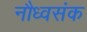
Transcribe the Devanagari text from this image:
नौध्वसंक